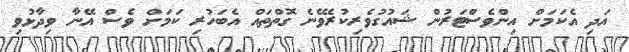
އަދި އެކަމަށް އިންވެސްޓަރުން ޝައުގުވެރިކުރެވޭނެ ގޮތްތައް އެބަހުރި ކަމަށް ވެސް އޭނާ ވިދާޅުވި